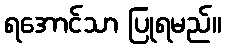
ရအောင်သာ ပြုရမည်။